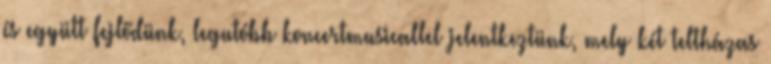
és együtt fejlődünk, legutóbb koncertmusicallel jelentkeztünk, mely két teltházas